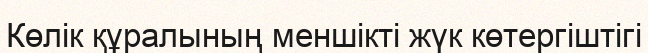
Көлік құралының меншікті жүк көтергіштігі